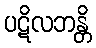
ပဋိလဘန္တိ